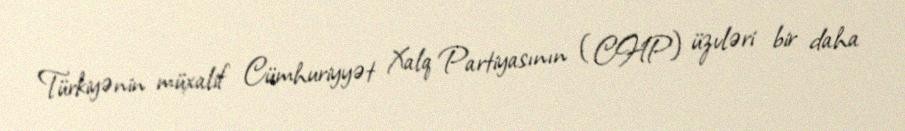
Türkiyənin müxalif Cümhuriyyət Xalq Partiyasının (CHP) üzvləri bir daha